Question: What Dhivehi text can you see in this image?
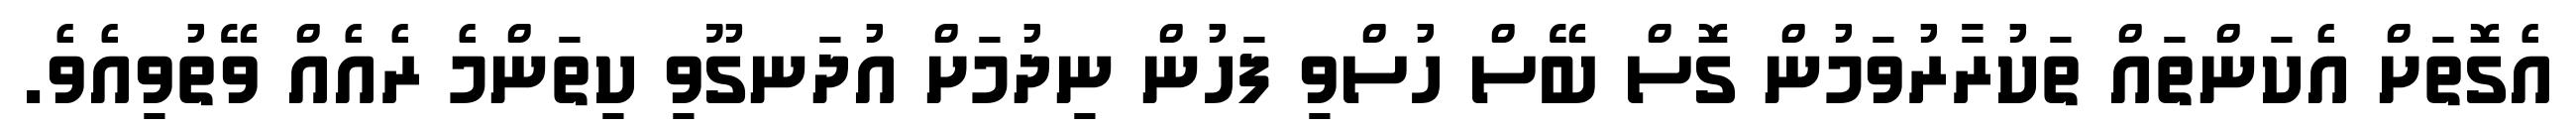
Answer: އެގޮތަށް އެކަންތައް ތަކުރާރުވަމުން ގޮސް ބޭސް ހުސްވި ފަހުން ނިދުމަށް އުދަނގޫވި ކިތަންމެ ރެއެއް ވޭތުވިއެވެ.